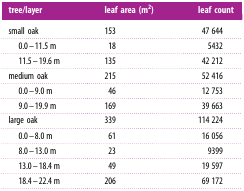
| tree/layer | leaf area (m2) | leaf count |
 | --- | --- | --- |
 | small oak | 153 | 47 644 |
 | 0.0–11.5 m | 18 | 5432 |
 | 11.5–19.6 m | 135 | 42 212 |
 | medium oak | 215 | 52 416 |
 | 0.0–9.0 m | 46 | 12 753 |
 | 9.0–19.9 m | 169 | 39 663 |
 | large oak | 339 | 114 224 |
 | 0.0–8.0 m | 61 | 16 056 |
 | 8.0–13.0 m | 23 | 9399 |
 | 13.0–18.4 m | 49 | 19 597 |
 | 18.4–22.4 m | 206 | 69 172 |